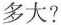
多大?